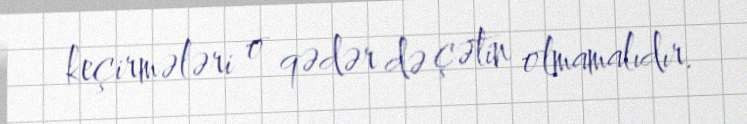
keçirmələri o qədər də çətin olmamalıdır.